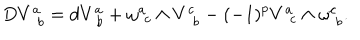
D V _ { \, \, \, b } ^ { a } = d V _ { \, \, b } ^ { a } + \omega _ { \, \, c } ^ { a } \wedge V _ { \, \, \, b } ^ { c } - ( - 1 ) ^ { p } V _ { \, \, \, c } ^ { a } \wedge \omega _ { \, \, b } ^ { c } .